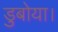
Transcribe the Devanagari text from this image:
डुबोया।